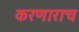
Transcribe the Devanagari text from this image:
करणाराच